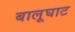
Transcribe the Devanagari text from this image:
बालूघाट